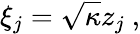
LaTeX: \xi_{j}=\sqrt{\kappa}z_{j}\ ,